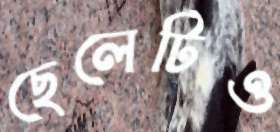
ছেলেটিও